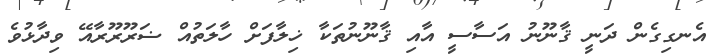
އެނގިގެން ދަނީ ޤާނޫނު އަސާސީ އާއި ޤާނޫނުތަކާ ޚިލާފަށް ހާލަތުއް ޟަރޫރޫރާއޭ ވިދާޅުވެ